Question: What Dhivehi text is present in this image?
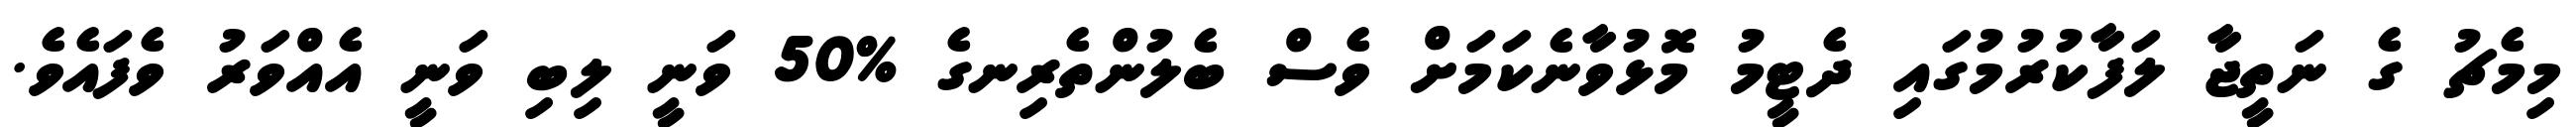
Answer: މިމެޗު ގެ ނަތީޖާ ލަފާކުރުމުގައި ދެޓީމު މޮޅުވާނެކަމަށް ވެސް ބެލުންތެރިނގެ %50 ވަނީ ލިބި ވަނީ އެއްވަރު ވެފައެވެ.